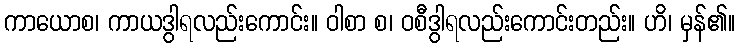
ကာယောစ၊ ကာယဒွါရလည်းကောင်း။ ဝါစာ စ၊ ဝစီဒွါရလည်းကောင်းတည်း။ ဟိ၊ မှန်၏။